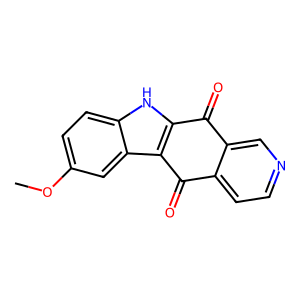
SMILES: COc1ccc2[nH]c3c(c2c1)C(=O)c1ccncc1C3=O
Inhibits HIV replication: No